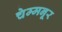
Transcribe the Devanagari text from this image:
चेम्मनूर